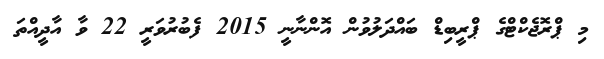
މި ޕްރޮޖެކްޓްގެ ޕްރީބިޑް ބައްދަލުވުން އޮންނާނީ 2015 ފެބުރުވަރީ 22 ވާ އާދީއްތަ